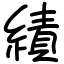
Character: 績